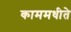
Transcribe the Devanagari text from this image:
काममधीते